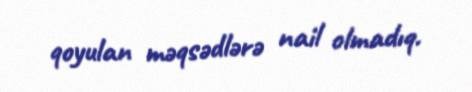
qoyulan məqsədlərə nail olmadıq.